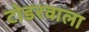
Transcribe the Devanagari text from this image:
टोडरवाला